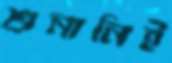
শুনানিই